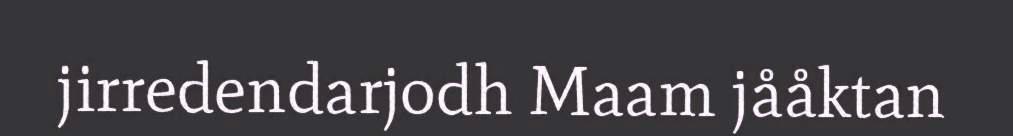
jirredendarjodh Maam jååktan